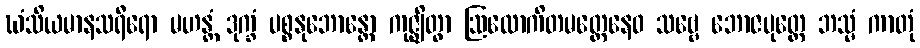
ဃံသိယမာနသရီရော မဟန္တံ ဒုက္ခံ ပစ္စနုဘောန္တော ကုဇ္ဈိတွာ ဩလောကိတမတ္တေနေဝ သဗ္ဗေ ဘောဇပုတ္တေ ဘသ္မံ ကာတုံ